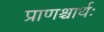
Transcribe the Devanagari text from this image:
प्राणश्चार्थः